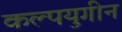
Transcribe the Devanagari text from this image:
कल्पयुगीन